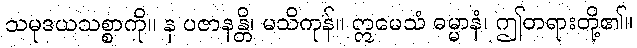
သမုဒယသစ္စာကို။ န ပဇာနန္တိ၊ မသိကုန်။ ဣမေသံ ဓမ္မာနံ၊ ဤတရားတို့၏။